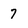
Character: 7